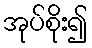
အုပ်စိုး၍